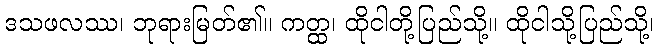
ဒသဖလဿ၊ ဘုရားမြတ်၏။ ကတ္ထ၊ ထိုငါတို့ပြည်သို့။ ထိုငါသို့ပြည်သို့၊